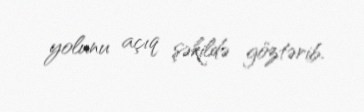
yolunu açıq şəkildə göztərib.